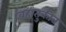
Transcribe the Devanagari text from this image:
वहातुकीत